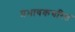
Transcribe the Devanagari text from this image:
प्रभावकचरित